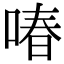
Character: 㖺